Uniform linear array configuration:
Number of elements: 24
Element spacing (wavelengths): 1
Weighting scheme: kaiser
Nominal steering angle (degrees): -60
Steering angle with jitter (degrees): -59.444
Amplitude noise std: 0.05
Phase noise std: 0.05

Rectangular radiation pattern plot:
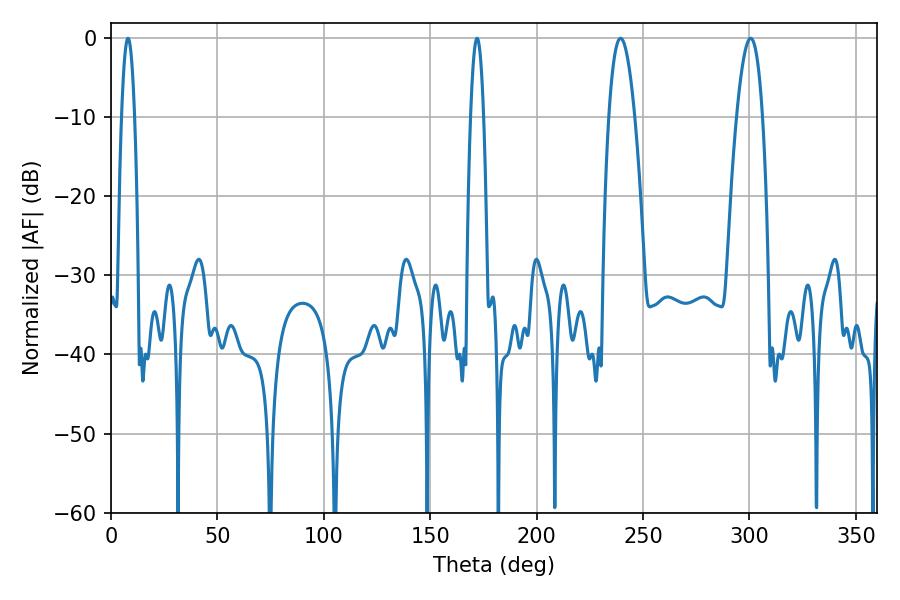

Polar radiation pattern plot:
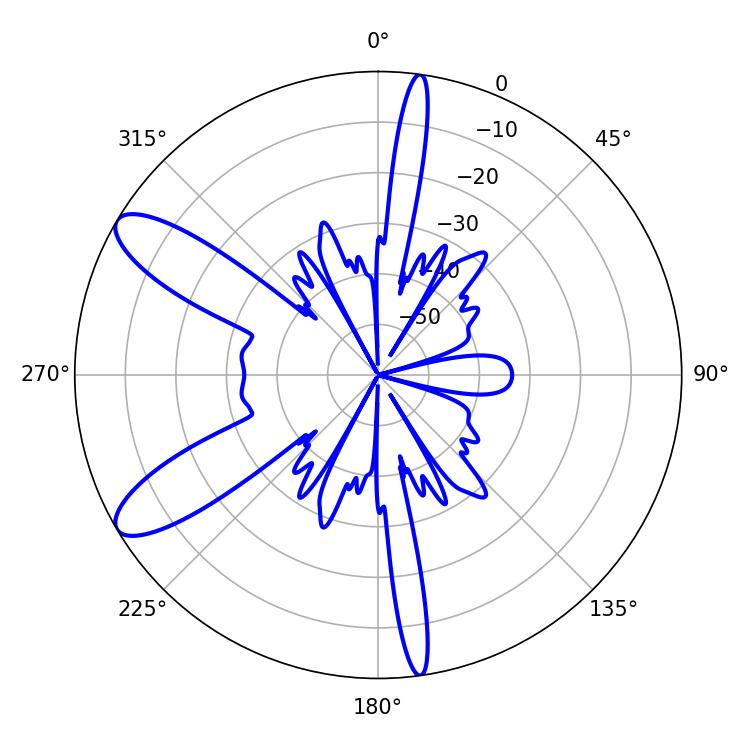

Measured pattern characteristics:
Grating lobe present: TRUE
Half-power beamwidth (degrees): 6.66
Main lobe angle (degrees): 239.4